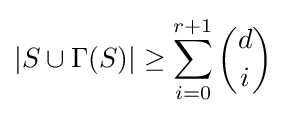
|S\cup \Gamma (S)|\geq \sum _{i=0}^{r+1}{d \choose i}